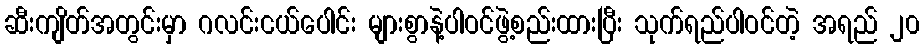
ဆီးကျိတ်အတွင်းမှာ ဂလင်းငယ်ပေါင်း များစွာနဲ့ပါဝင်ဖွဲ့စည်းထားပြီး သုက်ရည်ပါဝင်တဲ့ အရည် ၂၀